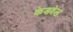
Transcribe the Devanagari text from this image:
केडवेल